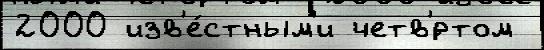
2000 изв'е́стным'и четв'́ртом